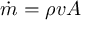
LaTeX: { \dot { m } } = \rho v A